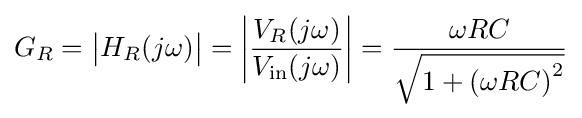
G_{R}={\big |}H_{R}(j\omega ){\big |}=\left|{\frac {V_{R}(j\omega )}{V_{\mathrm {in} }(j\omega )}}\right|={\frac {\omega RC}{\sqrt {1+\left(\omega RC\right)^{2}}}}